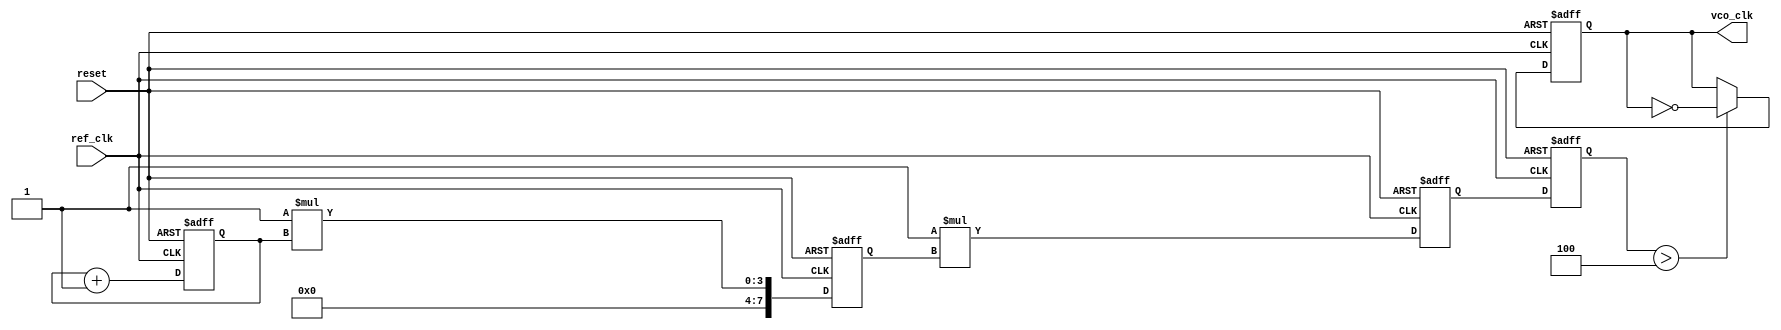
module dual_loop_pll (
    input wire ref_clk,          // Reference clock input
    input wire reset,           // Asynchronous reset
    output reg vco_clk          // Output clock from VCO
);

// Parameters
parameter N = 4;               // Frequency division factor
parameter Kp_inner = 1;        // Proportional gain for inner loop
parameter Kp_outer = 1;        // Proportional gain for outer loop
parameter LF_size = 8;         // Size of the Loop Filter

// Internal signals
reg [LF_size-1:0] error_inner; // Inner loop error signal
reg [LF_size-1:0] error_outer; // Outer loop error signal
reg [LF_size-1:0] ctrl_voltage; // Control voltage for VCO
reg [N-1:0] freq_div;          // Frequency divider counter
reg [2:0] phase_detector;       // Phase Detector output

// Phase Detector
always @(posedge ref_clk or posedge reset) begin
    if (reset) begin
        phase_detector <= 3'b0;
    end else begin
        // Simple phase detection logic (placeholder)
        // Compare reference clock phase with current VCO clock phase
        // This is a placeholder for actual phase detection logic
        phase_detector <= phase_detector + 1; // Update phase detection
    end
end

// Inner Loop Filter
always @(posedge ref_clk or posedge reset) begin
    if (reset) begin
        error_inner <= 0;
    end else begin
        error_inner <= Kp_inner * phase_detector; // Proportional control
    end
end

// Outer Loop Filter
always @(posedge ref_clk or posedge reset) begin
    if (reset) begin
        error_outer <= 0;
    end else begin
        error_outer <= Kp_outer * error_inner; // Proportional control
    end
end

// Voltage-Controlled Oscillator (VCO)
always @(posedge ref_clk or posedge reset) begin
    if (reset) begin
        ctrl_voltage <= 0;
        vco_clk <= 0;
    end else begin
        ctrl_voltage <= error_outer; // Update control voltage based on outer loop error
        // Simple VCO behavior (toggle on control voltage change)
        if (ctrl_voltage > LF_size / 2) begin
            vco_clk <= ~vco_clk; // Toggle output clock
        end
    end
end

// Frequency Divider
always @(posedge vco_clk or posedge reset) begin
    if (reset) begin
        freq_div <= 0;
    end else begin
        freq_div <= freq_div + 1;
        if (freq_div == N-1) begin
            // Reset the divider and output the divided clock
            freq_div <= 0;
            // Output divided clock can be used for outer feedback if needed
        end
    end
end

endmodule